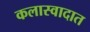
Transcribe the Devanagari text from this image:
कलास्वादात